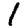
Digit: 1